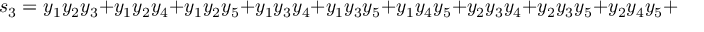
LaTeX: s _ { 3 } = y _ { 1 } y _ { 2 } y _ { 3 } + y _ { 1 } y _ { 2 } y _ { 4 } + y _ { 1 } y _ { 2 } y _ { 5 } + y _ { 1 } y _ { 3 } y _ { 4 } + y _ { 1 } y _ { 3 } y _ { 5 } + y _ { 1 } y _ { 4 } y _ { 5 } + y _ { 2 } y _ { 3 } y _ { 4 } + y _ { 2 } y _ { 3 } y _ { 5 } + y _ { 2 } y _ { 4 } y _ { 5 } + y _ { 3 } y _ { 4 } y _ { 5 }